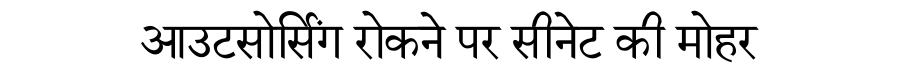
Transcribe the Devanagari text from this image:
आउटसोर्सिंग रोकने पर सीनेट की मोहर